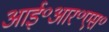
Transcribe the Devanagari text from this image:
आई॰आर॰एस॰